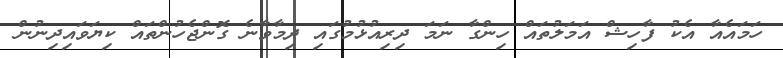
ހަމައެއާ އެކު ފާހިޝް އަމަލުތައް ހިންގާ ނަމަ ދިރިއުޅުމުގައި ދިމާވާނެ ގޮންޖެހުންތައް ކިޔަވައިދިނުން